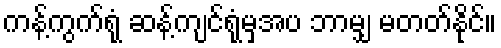
ကန့်ကွက်ရုံ ဆန့်ကျင်ရုံမှအပ ဘာမျှ မတတ်နိုင်။